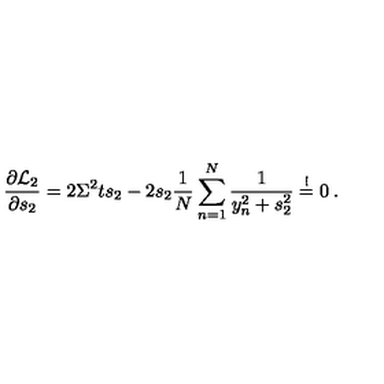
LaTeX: \frac { \partial { \cal L } _ { 2 } } { \partial s _ { 2 } } = 2 \Sigma ^ { 2 } t s _ { 2 } - 2 s _ { 2 } \frac { 1 } { N } \sum _ { n = 1 } ^ { N } \frac { 1 } { y _ { n } ^ { 2 } + s _ { 2 } ^ { 2 } } \stackrel { ! } { = } 0 \: .